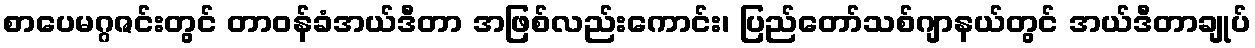
စာပေမဂ္ဂဇင်းတွင် တာဝန်ခံအယ်ဒီတာ အဖြစ်လည်းကောင်း၊ ပြည်တော်သစ်ဂျာနယ်တွင် အယ်ဒီတာချုပ်